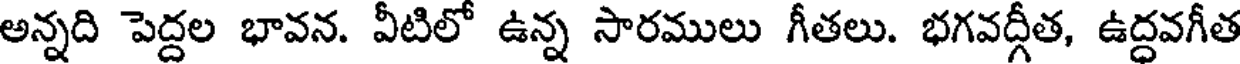
అన్నది పెద్దల భావన. వీటిలో ఉన్న సారములు గీతలు. భగవద్గీత, ఉద్ధవగీత